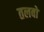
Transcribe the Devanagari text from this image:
तलबों